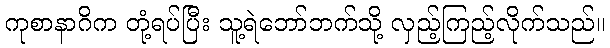
ကုစာနာဂိက တုံ့ရပ်ပြီး သူ့ရဲဘော်ဘက်သို့ လှည့်ကြည့်လိုက်သည်။